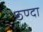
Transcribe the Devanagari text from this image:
ठण्दा